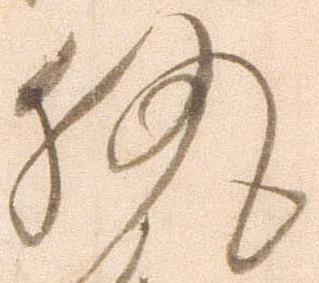
執